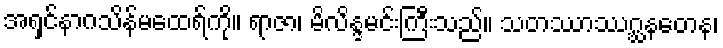
အရှင်နာဂသိန်မထေရ်ကို။ ရာဇာ၊ မိလိန္ဒမင်းကြီးသည်။ သတဿာဿဂ္ဃနတေန၊